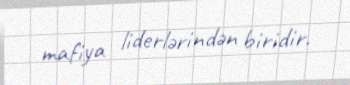
mafiya liderlərindən biridir.